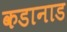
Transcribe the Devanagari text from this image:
कडानाड